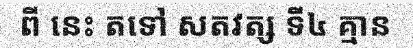
ពី នេះ តទៅ សតវត្ស ទី៤ គ្មាន